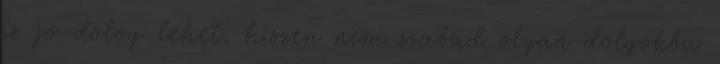
is jó dolog lehet, hiszen nem szabad olyan dolgokba